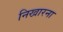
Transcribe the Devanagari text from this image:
निखारना